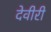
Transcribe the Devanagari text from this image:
देवीरी